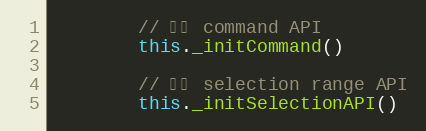
Language: JavaScript
        // 封装 command API
        this._initCommand()

        // 封装 selection range API
        this._initSelectionAPI()